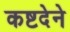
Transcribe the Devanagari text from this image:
कष्टदेने